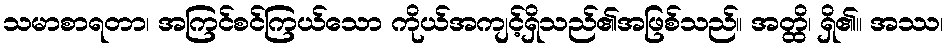
သမာစာရတာ၊ အကြင်စင်ကြယ်သော ကိုယ်အကျင့်ရှိသည်၏အဖြစ်သည်။ အတ္ထိ၊ ရှိ၏။ အဿ၊